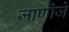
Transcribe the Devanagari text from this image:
जाणीजे